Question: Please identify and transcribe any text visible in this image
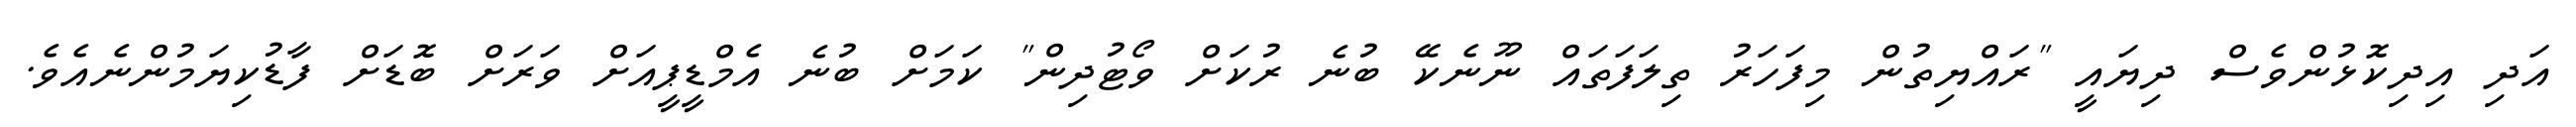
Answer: އަދި އިދިކޮޅުންވެސް ދިޔައީ "ރައްޔިތުން މިފަހަރު ތިލަފަތައް ނޫނެކޭ ބުނެ ރުކަށް ވޯޓުދިން" ކަމަށް ބުނެ އެމްޑީޕީއަށް ވަރަށް ބޮޑަށް ފާޑުކިޔަމުންނެއެވެ.